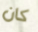
كان